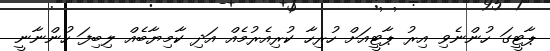
ޕާޓީގަ ހުންނެވި އިރު ޕާޓީއަށް ހުރިހާ ކުރިއެރުމެއް އަދި ކާމިޔާބެއް ލިބިފަ ހުންނާނީ